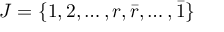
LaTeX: J = \{ 1 , 2 , \dots , r , \bar { r } , \dots , \bar { 1 } \}